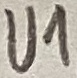
Text: U1